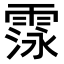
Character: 𮦛